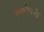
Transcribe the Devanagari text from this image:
२००ऐवजी